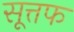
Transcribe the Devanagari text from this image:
सूत्तफ